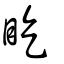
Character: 盵